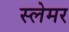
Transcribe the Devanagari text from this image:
स्लेमर